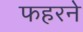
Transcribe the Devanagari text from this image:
फहरने